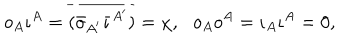
LaTeX: o _ { A } \iota ^ { A } = \overline { { { ( \bar { o } _ { A ^ { \prime } } \bar { \iota } ^ { A ^ { \prime } } ) } } } = \chi , \, \, \, \, o _ { A } o ^ { A } = \iota _ { A } \iota ^ { A } = 0 ,